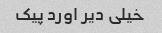
خیلی دیر اورد پیک